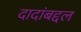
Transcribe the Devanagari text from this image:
दादांबद्दल